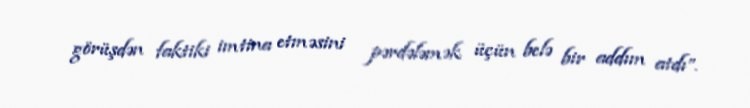
görüşdən faktiki imtina etməsini pərdələmək üçün belə bir addım atdı”.